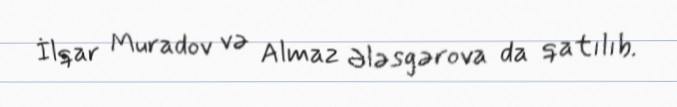
İlqar Muradov və Almaz Ələsgərova da qatılıb.